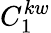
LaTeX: C_{1}^{kw}